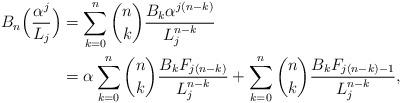
LaTeX: \begin{align*}B_n\Big(\frac{\alpha ^j}{L_j}\Big)& = \sum_{k = 0}^n {\binom nk\frac{{B_k\alpha ^{j(n - k)} }}{{L_j^{n - k} }}}\\&= \alpha \sum_{k = 0}^n \binom nk\frac{B_k F_{j(n - k)}}{L_j^{n - k}} + \sum_{k = 0}^n \binom nk\frac{B_k F_{j(n-k) - 1}}{L_j^{n - k}},\end{align*}